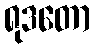
ရုဒတော